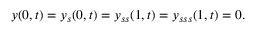
y ( 0 , t ) = y _ { s } ( 0 , t ) = y _ { s s } ( 1 , t ) = y _ { s s s } ( 1 , t ) = 0 .